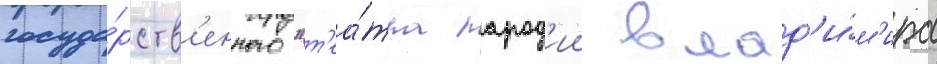
госуда́рств'енного "т'еа́тра парод'ии влад'и́м'ира